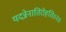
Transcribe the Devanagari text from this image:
यदन्नेनातिरोहति॥२॥